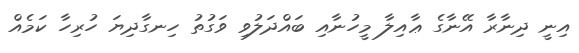
އިނީ ދިނާރާ އޭނާގެ ޢާއިލާ މީހުނާއި ބައްދަލުވި ވަގުތު ހިނގާދިޔަ ހުރިހާ ކަމެއް